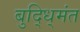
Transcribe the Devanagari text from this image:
बुद्धि्मंत